Report on vaccination in Madras 1895-1903 - 1895-1903
Year: 1895
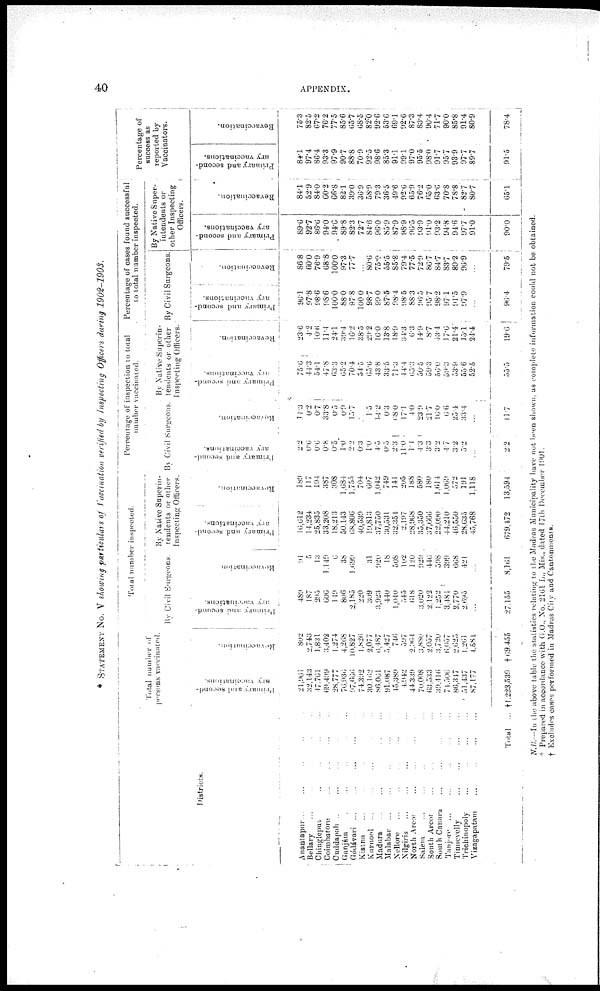
40
APPENDIX.
* STATEMENT No. V showing particulars of Vaccination verified by Inspecting Officers during 1902-1903.
Districts.
Anantapur ... ... ... ...
Bellary ... ... ... ...
Chingleput
...
...
...
...
Coimbatore
...
...
...
Cuddapah ... ... ... ...
Ganjám ... ... ... ...
Gódávari
...
...
...
...
Kistna ... ... ... ...
Kurnool ... ... ... ...
Madura ... ... ... ...
Malabar ... ... ... ...
Nellore ... ... ... ...
Nilgiris ... ... ... ...
North Arcot ... ... ...
Salem ... ... ... ...
South Arcot ... ... ...
South Canara
...
...
...
Tanjore ... ... ... ...
Tinnevelly
...
...
...
Trichinopoly ... ... ... ...
Vizagapatam
...
...
...
...
Total ...
Total number of
persons vaccinated.
Primary and second-
ary vaccinations.
21,961
32,143
47,761
69,499
28,777
76,936
97,666
74,392
30,162
86,061
91,087
15,389
4,942
44,339
70,008
63,533
39,416
74,506
86,317
51,437
87,177
†1,223,539
Revaccination.
802
2,743
1,831
3,402
1,274
4,268
10,827
1,826
2,077
6,487
5,427
746
597
2,964
3,880
2,057
3,720
6,057
2,625
1,261
4,584
† 69,455
Total number inspected.
By Civil Surgeons.
Primary and second-
ary vaccinations.
489
187
295
606
149
806
2,185
220
309
3,923
440
1,040
545
618
3,020
2,122
1,252
3,484
2,770
2,695
...
27,155
Revaccination.
91
5
13
1,149
6
38
1,699
...
31
920
18
508
102
120
929
446
398
399
668
421
...
8,161
By Native Superin-
tendents or other
Inspecting Officers.
Primary and second-
ary vaccinations.
16,612
14,234
25,835
33,208
18,213
50,143
68,806
40,539
19,813
37,750
30,531
32,354
2,197
28,968
35,350
37,666
22,090
44,210
46,550
28,635
45,768
679,472
Revaccination.
189
117
194
387
308
1,684
1,755
704
607
1,042
749
141
205
188
580
180
1,614
1,069
572
191
1,118
13,594
Percentage of inspection to total
number vaccinated.
By Civil Surgeons.
Primary and second-
ary vaccinations.
2.2
0.6
0.6
0.8
0.5
1.0
2.2
0.3
1.0
4.5
0.5
23
11.0
1.4
1.3
3.3
3.2
4.7
3.2
5.2
...
2.2
Revaccination.
11.3
0.2
0.7
33.8
0.5
0.9
15.7
...
1.5
14.2
0.3
68.0
17.1
4.0
23.9
21.7
16.0
6.6
25.4
33.4
...
11.7
By Native Superin-
tendents or other
Inspecting Officers.
Primary and second-
ary vaccinations.
75.6
44.3
54.1
47.8
63.3
65.2
70.4
54.5
65.0
43.8
33.5
71.3
14.4
65.3
50.5
59.3
56.0
59.3
53.9
55.6
52.5
53.5
Revaccination.
23.6
4.2
10.6
11.4
24.1
39.4
16.2
38.5
29.2
16.0
13.8
18.9
34.3
6.3
14.9
8.7
43.4
17.6
21.4
15.1
24.4
19.6
Percentage of cases found successful
to total number inspected.
By Civil Surgeons.
Primary and second-
ary vaccinations.
96.1
97.8
98.6
98.6
100.0
88.0
97.8
100.0
98.7
99.0
87.5
98.4
98.5
88.3
96.5
95.7
98.2
97.1
91.5
97.9
...
96.4
Revaccination.
86.8
60.0
76.9
68.8
100.0
97.3
77.7
...
80.6
75.0
55.5
85.8
79.4
77.5
72.9
86.7
84.7
83.7
89.2
96.9
...
79.5
By Native Super-
intendents or
other Inspecting
Officers.
Primary and second-
ary vaccinations.
89.6
92.7
86.6
94.0
94.6
89.8
82.3
72.7
84.6
96.0
85.9
87.9
98.9
96.5
93.9
91.0
93.2
94.8
94.6
97.7
91.0
90.0
Revaccination.
84.1
52.9
84.0
60.2
66.8
82.1
39.0
36.9
58.9
79.3
36.5
49.6
92.6
65.9
76.2
65.0
63.6
70.8
78.8
82.7
80.7
65.1
Percentage of
success as
reported by
Vaccinators.
Primary and second-
ary vaccinations.
84.1
97.4
86.4
93.3
97.9
90.7
88.8
70.9
92.5
98.6
85.3
91.1
99.1
97.0
95.5
98.0
91.7
95.7
93.9
97.7
89.7
91.5
Revaccination.
75.3
82.5
67.2
76.2
77.5
85.6
65.7
68.5
82.0
92.6
53.6
69.1
92.6
87.3
83.4
90.4
71.7
90.0
85.8
91.4
80.9
78.4
N.B.—In the above table the statistics relating to the Madras Municipality have not been shown. as complete information could not be obtained.
* Prepared in accordance with G.O., No. 2161 L., Mis., dated 17th December 1901.
† Excludes cases performed in Madras City and Cantonments.